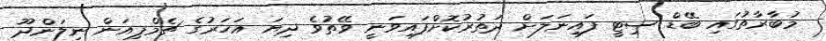
މުބާރާތުގައި ބޭޑް ސިޓީ ފައިނަލަށް ދަތުރުކޮށްފައިވަނީ ވޭތުވެ ދިޔަ އަހަރުގެ ޗެމްޕިއަން ނިލަންދޫ